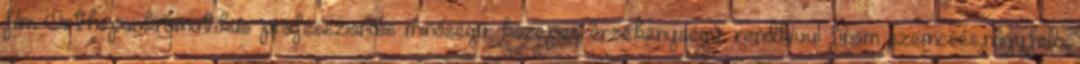
film Orthopankromatikus professzionális minőségű, közepes érzékenységű, rendkívül finom szemcsés,nagyfelb.